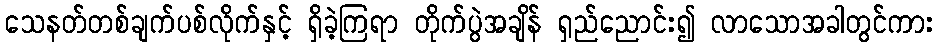
သေနတ်တစ်ချက်ပစ်လိုက်နှင့် ရှိခဲ့ကြရာ တိုက်ပွဲအချိန် ရှည်ညောင်း၍ လာသောအခါတွင်ကား